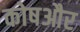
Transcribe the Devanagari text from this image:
कोषऔर